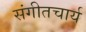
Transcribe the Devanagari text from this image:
संगीतचार्य